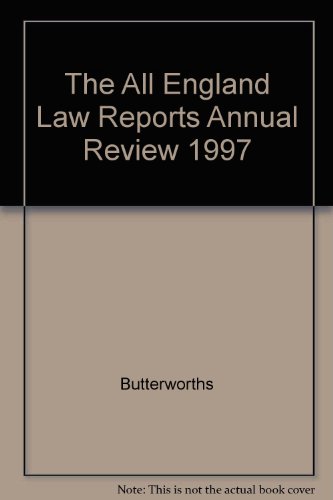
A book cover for The All England Law Reports Annual Review 1997; Butterworths; Law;